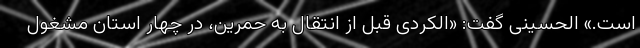
است.» الحسینی گفت: «الکردی قبل از انتقال به حمرین، در چهار استان مشغول